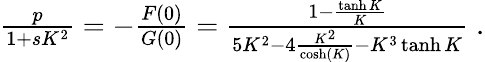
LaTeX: \begin{array}{r}{\frac{p}{1+sK^{2}}=-\frac{F(0)}{G(0)}=\frac{1-\frac{\operatorname{tanh}K}{K}}{5K^{2}-4\frac{K^{2}}{\cosh(K)}-K^{3}\operatorname{tanh}K}\; .}\end{array}